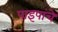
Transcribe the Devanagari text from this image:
पाइपांचे